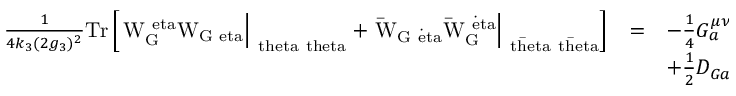
\begin{array} { c c l } { { \frac { 1 } { 4 k _ { 3 } ( 2 g _ { 3 } ) ^ { 2 } } \mathrm { T r \mit \left[ \left. W _ { G } ^ { \ e t a } W _ { G \ e t a } \right| _ { \ t h e t a \ t h e t a } + \left. \mathrm { \bar { \mit W } _ { G \dot { \ e t a } } \bar { \mit W } _ { G } ^ { \dot { \ e t a } } } \right| _ { \mathrm { \bar { \ t h e t a } \bar { \ t h e t a } } } \right] } } } & { { = } } & { { - \frac { 1 } { 4 } G _ { a } ^ { \mu \nu } G _ { \mu \nu a } + i \mathrm { \bar { \ l a m b d a } _ { \mit G a } \bar { \ s i g m a } ^ { \ m u } \left[ \cal D \mit _ { \ m u } \ l a m b d a _ { G } \right] _ { a } } } } \\ { { } } & { { } } & { { + \frac { 1 } { 2 } D _ { G a } D _ { G a } } } \end{array}